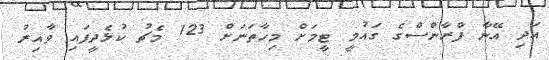
އަދި އޭނާ ފްރާންސްގެ ގައުމީ ޓީމަށް މިހާތަނަށް 123 މެޗު ކުޅެދީފައި ވާއިރު